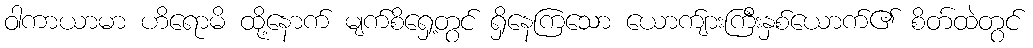
ဝါကာယာမာ ဟိရောမိ ထို့နောက် မျက်စိရှေ့တွင် ရှိနေကြသော ယောက်ျားကြီးနှစ်ယောက်၏ စိတ်ထဲတွင်